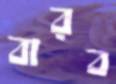
বারব